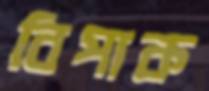
বিপাক